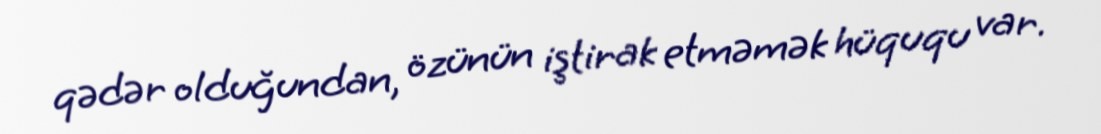
qədər olduğundan, özünün iştirak etməmək hüququ var.